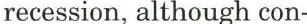
recession, although con-